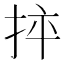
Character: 𢬪